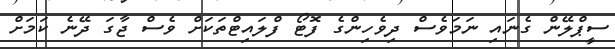
ސީޕްލޭން ގެނައި ނަމަވެސް ދިވެހިންގެ ފޮޓޯ ފްލައިޓްތަކަށް ވެސް ޖާގަ ދޭނެ ކަމަށް